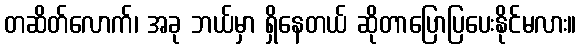
တဆိတ်လောက်၊ အခု ဘယ်မှာ ရှိနေတယ် ဆိုတာပြောပြပေးနိုင်မလား။